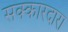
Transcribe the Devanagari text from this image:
सक्कारदारा